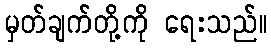
မှတ်ချက်တို့ကို ရေးသည်။